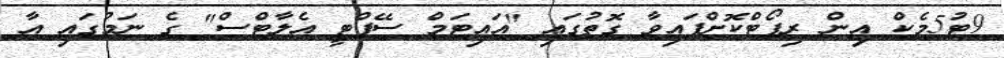
9ޓު5މެކް އިން ރިޕޯޓްކޮށްފައިވާ ގޮތުގައި "އައިޓަމް ސޭފްޓީ އެލާޓްސް" ގެ ނަމުގައި އާ